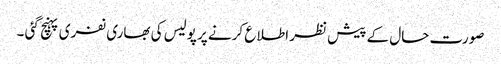
صورت حال کے پیش نظر اطلا ع کرنے پر پولیس کی بھاری نفری پہنچ گئی ۔